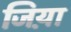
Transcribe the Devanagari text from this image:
जिय़ा